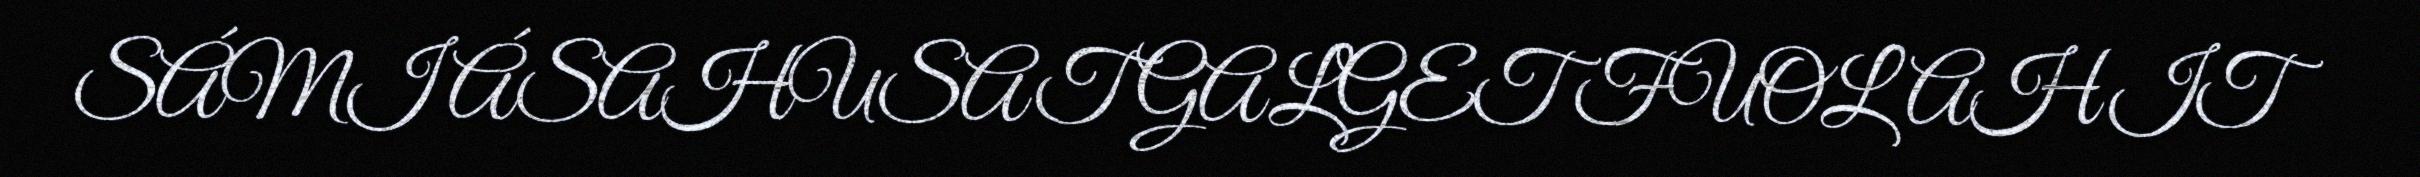
SÁMI ÁSAHUSAT GALGET FUOLAHIT